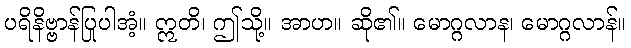
ပရိနိဗ္ဗာန်ပြုပါအံ့။ ဣတိ၊ ဤသို့။ အာဟ။ ဆို၏။ မောဂ္ဂလာန၊ မောဂ္ဂလာန်။